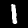
Digit: 1